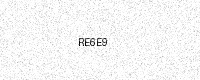
Text: RE6E9